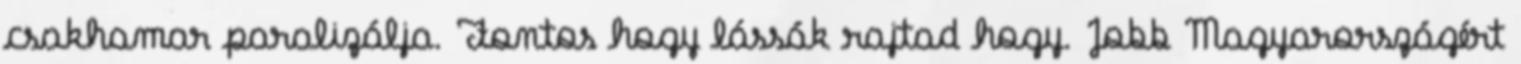
csakhamar paralizálja. Fontos hogy lássák rajtad hogy. Jobb Magyarországért